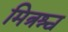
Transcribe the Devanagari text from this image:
मित्रश्च